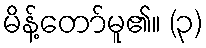
မိန့်တော်မူ၏။ (၃)